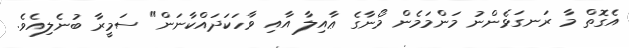
އެގޮތް މާ ރަނގަޅެންނު މަންމަމެން މޯނާގެ ޢާއިލާ އާއި ވާހަކަދައްކާނަން" ސަމީރާ ބުނެލިއެވެ.